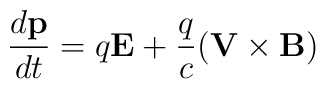
\frac{d{\bf p}}{dt}=q{\bf E}+\frac{q}{c}({\bf V}\times{\bf B})